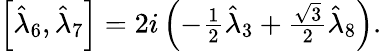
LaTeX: \begin{array}{r}{\left[\hat{\lambda}_{6},\hat{\lambda}_{7}\right]=2i\left(-\frac{1}{2}\hat{\lambda}_{3}+\frac{\sqrt{3}}{2}\hat{\lambda}_{8}\right).}\end{array}